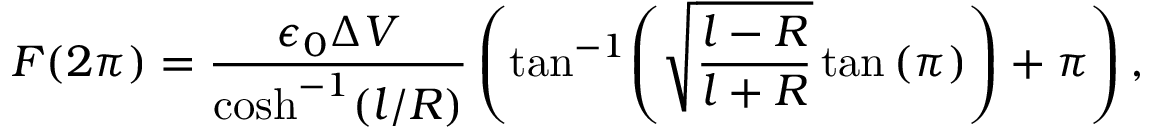
F ( 2 \pi ) = \frac { \epsilon _ { 0 } \Delta V } { \cosh ^ { - 1 } ( l / R ) } \left( \tan ^ { - 1 } \! \left( \sqrt { \frac { l - R } { l + R } } \tan \left( \pi \right) \right) + \pi \right) ,